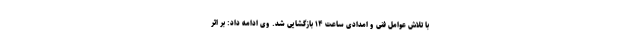
با تلاش عوامل فنی و امدادی ساعت ۱۴ بازگشایی شد. وی ادامه داد: بر اثر